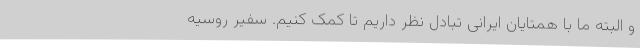
و البته ما با همتایان ایرانی تبادل نظر داریم تا کمک کنیم. سفیر روسیه